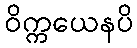
ဝိက္ကယေနပိ